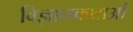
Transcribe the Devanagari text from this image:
विज्ञानकथाओं